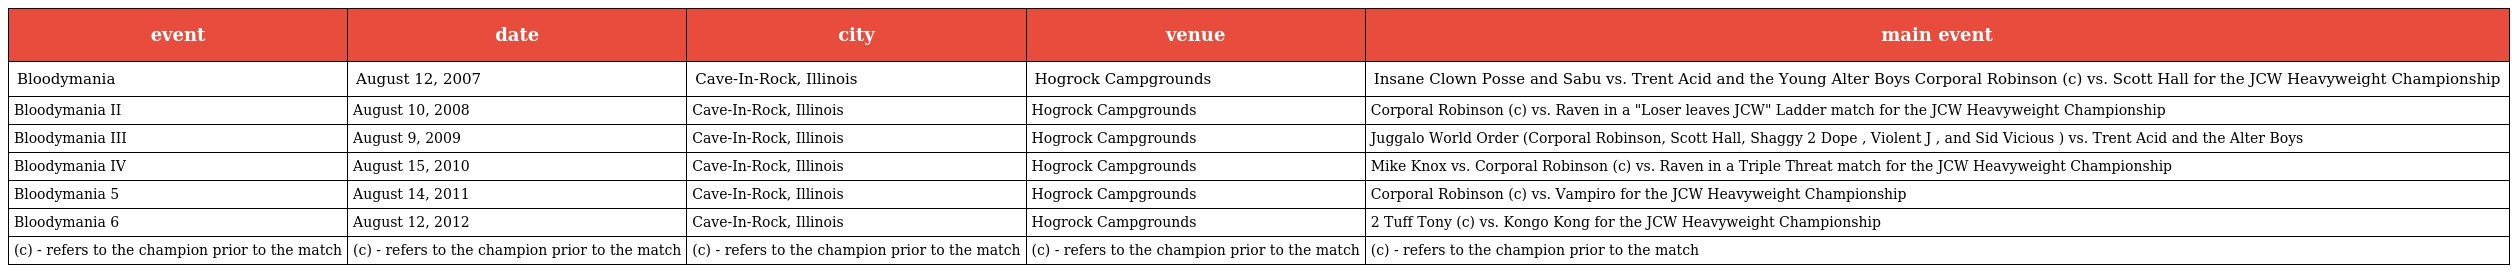
| event | date | city | venue | main event |
 | --- | --- | --- | --- | --- |
 | Bloodymania | August 12, 2007 | Cave-In-Rock, Illinois | Hogrock Campgrounds | Insane Clown Posse and Sabu vs. Trent Acid and the Young Alter Boys Corporal Robinson (c) vs. Scott Hall for the JCW Heavyweight Championship |
 | Bloodymania II | August 10, 2008 | Cave-In-Rock, Illinois | Hogrock Campgrounds | Corporal Robinson (c) vs. Raven in a "Loser leaves JCW" Ladder match for the JCW Heavyweight Championship |
 | Bloodymania III | August 9, 2009 | Cave-In-Rock, Illinois | Hogrock Campgrounds | Juggalo World Order (Corporal Robinson, Scott Hall, Shaggy 2 Dope , Violent J , and Sid Vicious ) vs. Trent Acid and the Alter Boys |
 | Bloodymania IV | August 15, 2010 | Cave-In-Rock, Illinois | Hogrock Campgrounds | Mike Knox vs. Corporal Robinson (c) vs. Raven in a Triple Threat match for the JCW Heavyweight Championship |
 | Bloodymania 5 | August 14, 2011 | Cave-In-Rock, Illinois | Hogrock Campgrounds | Corporal Robinson (c) vs. Vampiro for the JCW Heavyweight Championship |
 | Bloodymania 6 | August 12, 2012 | Cave-In-Rock, Illinois | Hogrock Campgrounds | 2 Tuff Tony (c) vs. Kongo Kong for the JCW Heavyweight Championship |
 | (c) - refers to the champion prior to the match | (c) - refers to the champion prior to the match | (c) - refers to the champion prior to the match | (c) - refers to the champion prior to the match | (c) - refers to the champion prior to the match |